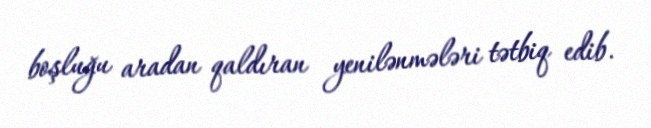
boşluğu aradan qaldıran yenilənmələri tətbiq edib.